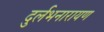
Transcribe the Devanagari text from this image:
दुर्लभनारायण